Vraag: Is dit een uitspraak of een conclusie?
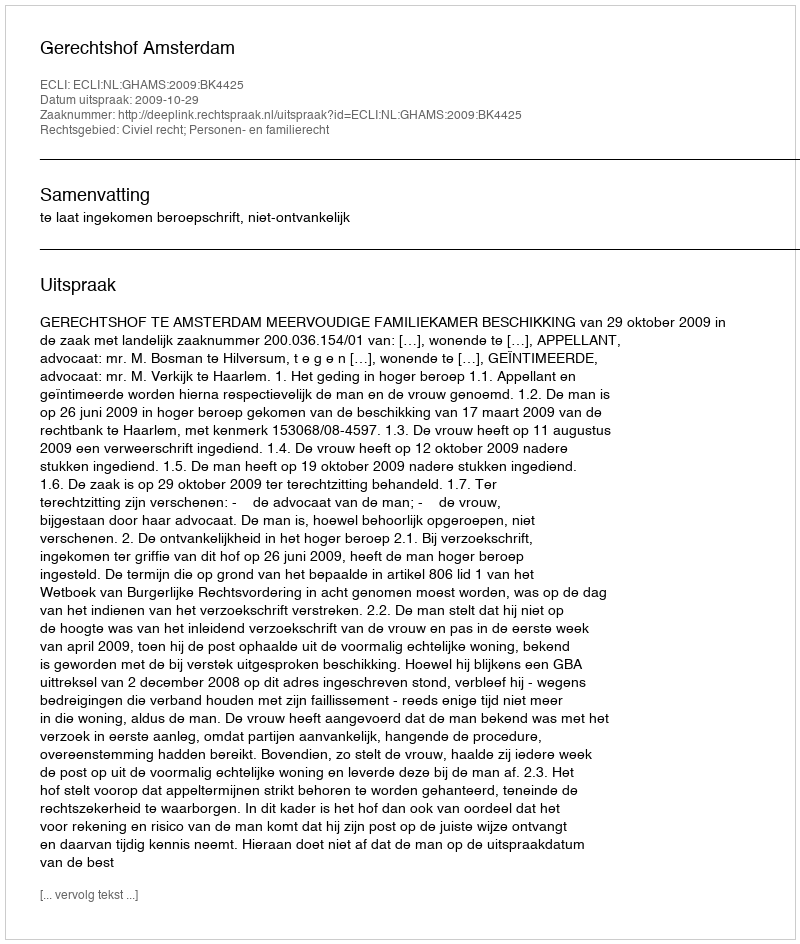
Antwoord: Uitspraak